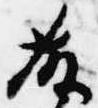
藤